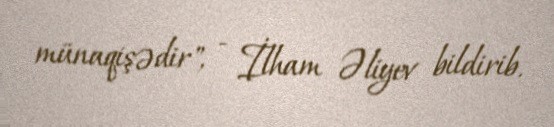
münaqişədir", - İlham Əliyev bildirib.